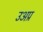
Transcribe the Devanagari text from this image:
उअप्र